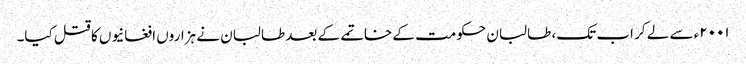
۲۰۰۱ء سے لے کر اب تک، طالبان حکومت کے خاتمے کے بعد طالبان نے ہزاروں افغانیوں کا قتل کیا۔